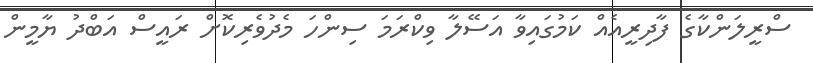
ސްރީލަންކާގެ ފާދިރީއެއް ކަމުގައިވާ އަސޭލާ ވިކްރަމަ ސިންހަ މެދުވެރިކޮށް ރައީސް އަބްދު ޔާމީން